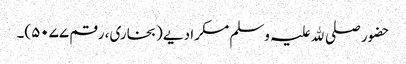
حضور صلی ﷲ علیہ وسلم مسکرا دیے (بخاری، رقم ۵۰۷۷)۔